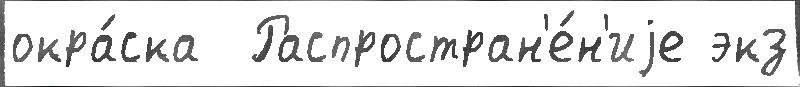
окра́ска  Распростран'е́н'иjе экз